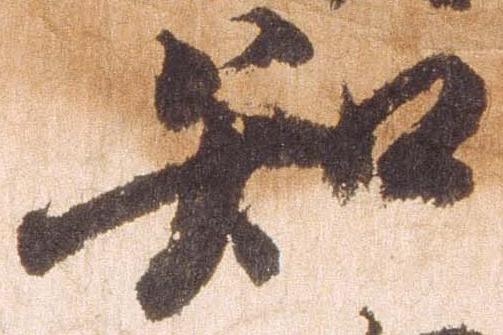
知